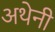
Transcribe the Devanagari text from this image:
अथेनी